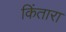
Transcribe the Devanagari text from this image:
किंतारा